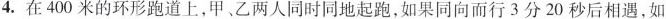
4.在400米的环形跑道上，甲、乙两人同时同地起跑，如